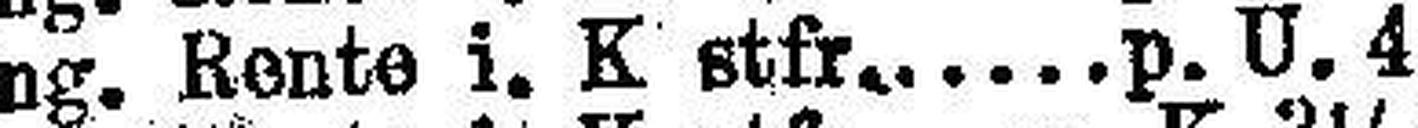
Ung. Rente i. K stfr. p. U. 4